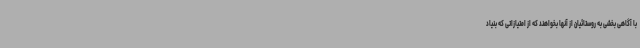
با آگاهی بخشی به روستائیان از آنها بخواهند که از امتیازاتی که بنیاد